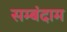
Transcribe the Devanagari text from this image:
सम्बंदाम